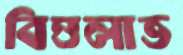
বিত্তলাভ